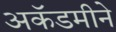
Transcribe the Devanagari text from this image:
अकॅडमीने